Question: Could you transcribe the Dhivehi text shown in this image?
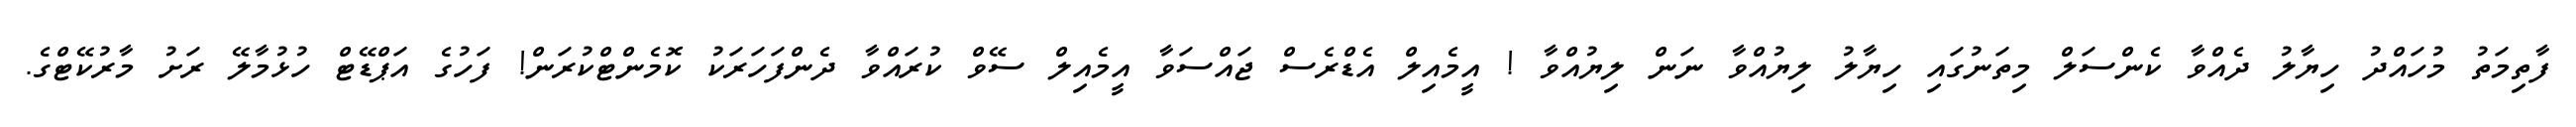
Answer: ފާތިމަތު މުހައްދު ހިޔާލު ދެއްވާ ކެންސަލް މިތަނުގައި ހިޔާލު ލިޔުއްވާ ނަން ލިޔުއްވާ ! އީމެއިލް އެޑްރެސް ޖައްސަވާ އީމެއިލް ސޭވް ކުރައްވާ ދެންފަހަރަކު ކޮމެންޓްކުރަން! ފަހުގެ އަޕްޑޭޓް ހުޅުމާލޭ ރަށު މާރުކޭޓްގެ.